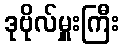
ဒုဗိုလ်မှူးကြီး